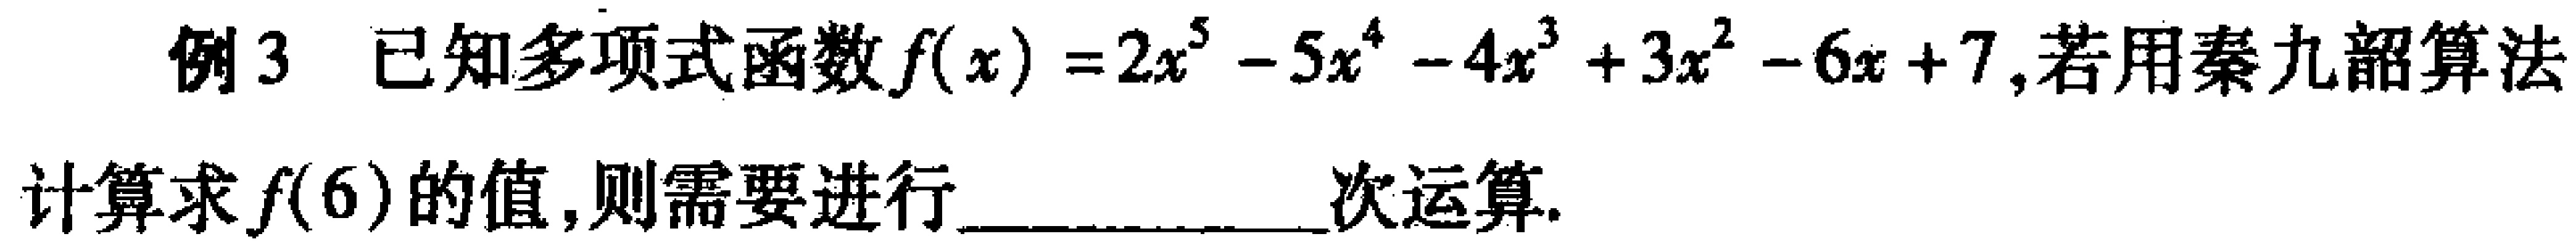
例3 已知多项式函数\(f(x)=2x^{5}-5x^{4}-4x^{3}+3x^{2}-6x + 7\),若用秦九韶算法计算求\(f(6)\)的值,则需要进行____________次运算.